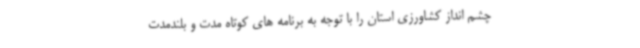
چشم انداز کشاورزی استان را با توجه به برنامه های کوتاه مدت و بلندمدت